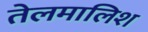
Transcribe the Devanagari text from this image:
तेलमालिश